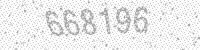
Solution: 668196